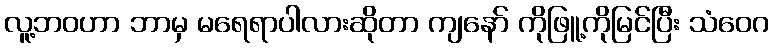
လူ့ဘဝဟာ ဘာမှ မရေရာပါလားဆိုတာ ကျနော် ကိုဖြူ့ကိုမြင်ပြီး သံဝေဂ